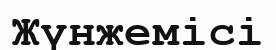
Жүнжемісі